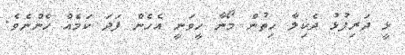
ޅީ ދަރިފުޅު ދެކިލާ ހިތުން މޯނާ ހީވަނީ އެހެން ފަދަ ކަމެއް ހެންނެވެ.